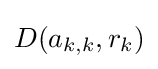
D(a_{k,k},r_{k})